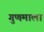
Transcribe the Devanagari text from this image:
गुणमाला